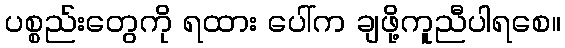
ပစ္စည်းတွေကို ရထား ပေါ်က ချဖို့ကူညီပါရစေ။